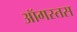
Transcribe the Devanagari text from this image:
ऑगस्तस